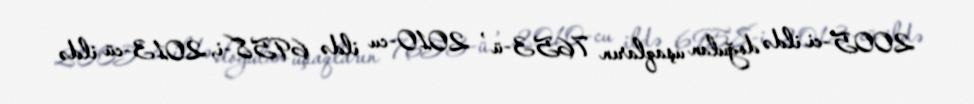
2005-ci ildə doğulan uşaqların 7653-ü , 2010-cu ildə 6958-i, 2013-cü ildə